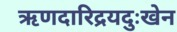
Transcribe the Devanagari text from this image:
ऋणदारिद्रयदुःखेन